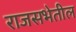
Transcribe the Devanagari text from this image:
राजसभेतील